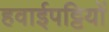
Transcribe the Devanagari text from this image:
हवाईपट्टियों